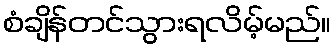
စံချိန်တင်သွားရလိမ့်မည်။